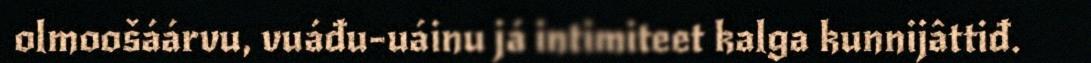
olmoošáárvu, vuáđu-uáinu já intimiteet kalga kunnijâttiđ.